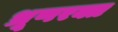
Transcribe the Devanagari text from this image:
भ्रूणरक्त